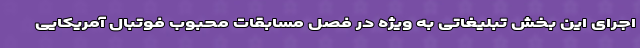
اجرای این بخش تبلیغاتی به ویژه در فصل مسابقات محبوب فوتبال آمریکایی